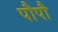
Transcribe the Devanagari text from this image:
पौपौ